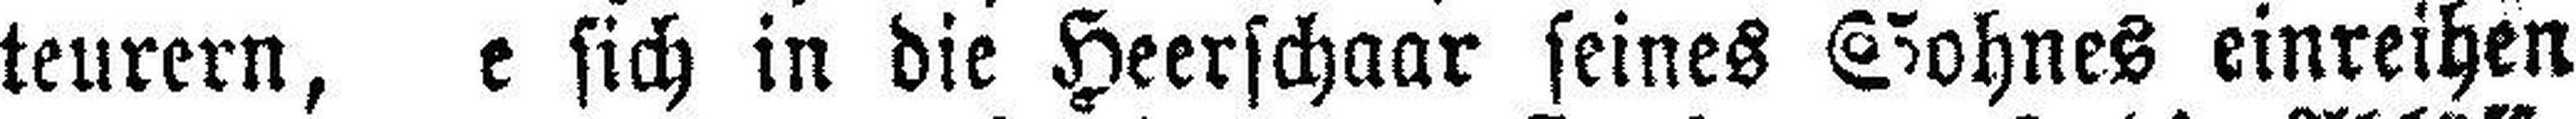
teurern, e sich in die Heerschaar seines Sohnes einreihen